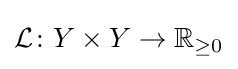
{\mathcal {L}}\colon Y\times Y\to \mathbb {R} _{\geq 0}